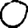
Digit: 0